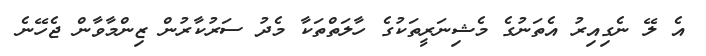
އެ ލޭ ނެގިއިރު އެތަނުގެ މެޝިނަރީތަކުގެ ހާލަތްތަކާ މެދު ސަރުކާރުން ޒިންމާވާން ޖެހޭނެ